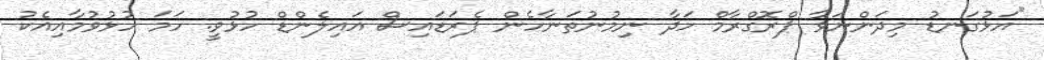
"އަޅުގަނޑު މިދަންނަވާ ޕްރޮގްރާމް ހަދާ ނިމުނުތަނާހެން ޕެރަޑައިސް އައިލެންޑް ހުޅުވީ. ހަމަ ހުޅުވުމާއިއެކު